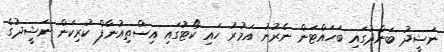
ނަޝީދު ބަންދުގައި ބަހައްޓަން ނެރުނު އަމުރު ހައި ކޯޓުގައި އިސްތިއުނާފް ކުރިކަން ނަޝީދުގެ